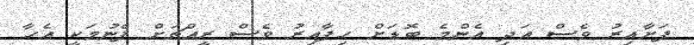
ފަށާއިރު ވެސް އަދި އެންމެ ބޮޑަށް ހިފާއިރު ވެސް ރީއްޗަށް ފެނުމަކީ އެހާ